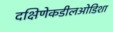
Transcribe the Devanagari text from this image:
दक्षिणेकडीलओडिशा